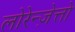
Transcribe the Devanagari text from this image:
लोरेन्ज़ेत्तो